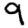
Digit: 9